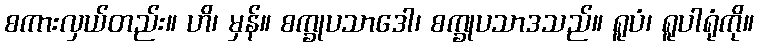
စကားလှယ်တည်း။ ဟိ၊ မှန်။ စက္ခုပသာဒေါ၊ စက္ခုပသာဒသည်။ ရူပံ၊ ရူပါရုံကို။